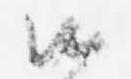
候